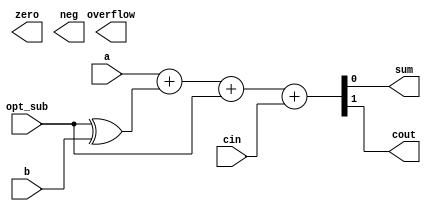
module oh_add #(parameter DW = 1 
		)
   (
    input [DW-1:0]  a, 
    input [DW-1:0]  b, 
    input 	    opt_sub, 
    input 	    cin, 
    output [DW-1:0] sum, 
    output 	    cout, 
    output 	    zero, 
    output 	    neg, 
    output 	    overflow 
    );
   wire [DW-1:0]   b_sub;
   assign b_sub[DW-1:0] =  {(DW){opt_sub}} ^ b[DW-1:0];
   assign {cout,sum[DW-1:0]}  = a[DW-1:0]     + 
                                b_sub[DW-1:0] + 
                                opt_sub       +
                                cin;
endmodule